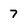
Character: 7